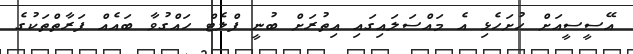
އޭސީސީއަށް ހުށަހެޅި އެ މައްސަލައިގައި އިތުރަށް ބުނީ ފްލެޓް ހައްގުވާ ބައެއް ފަރާތްތަކުގެ